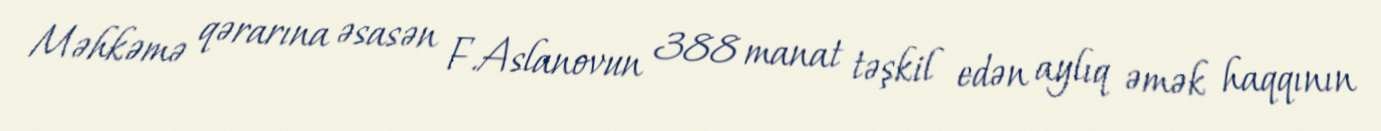
Məhkəmə qərarına əsasən F.Aslanovun 388 manat təşkil edən aylıq əmək haqqının